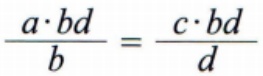
$\frac{a\cdot bd}{b}=\frac{c\cdot bd}{d}$